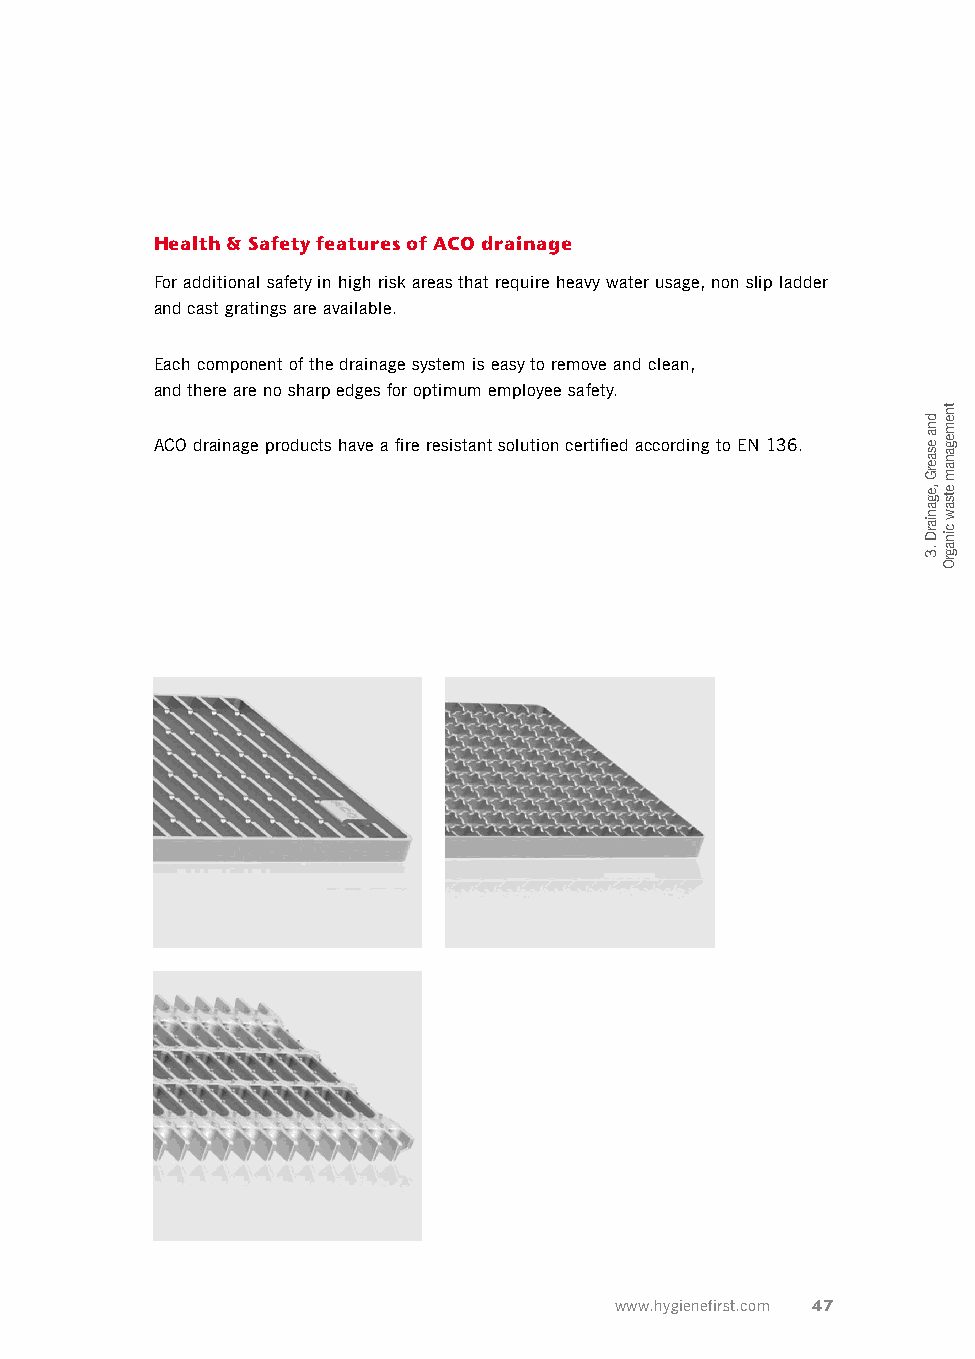
Health & Safety features of ACO drainage
 For additional safety in high risk areas that require heavy water usage, non slip ladder
 and cast gratings are available.
 Each component of the drainage system is easy to remove and clean,
 and there are no sharp edges for optimum employee safety.
 ACO drainage products have a fire resistant solution certified according to EN 136.
 www.hygienefirst.com 47
 dna
 esaerG
 ,eganiarD
 .3
 tnemeganam
 etsaw
 cinagrO